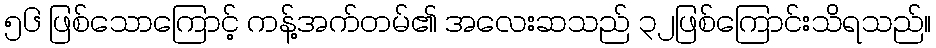
၅၆ ဖြစ်သောကြောင့် ကန့်အက်တမ်၏ အလေးဆသည် ၃၂ဖြစ်ကြောင်းသိရသည်။